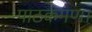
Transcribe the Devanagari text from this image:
पाठकगण।